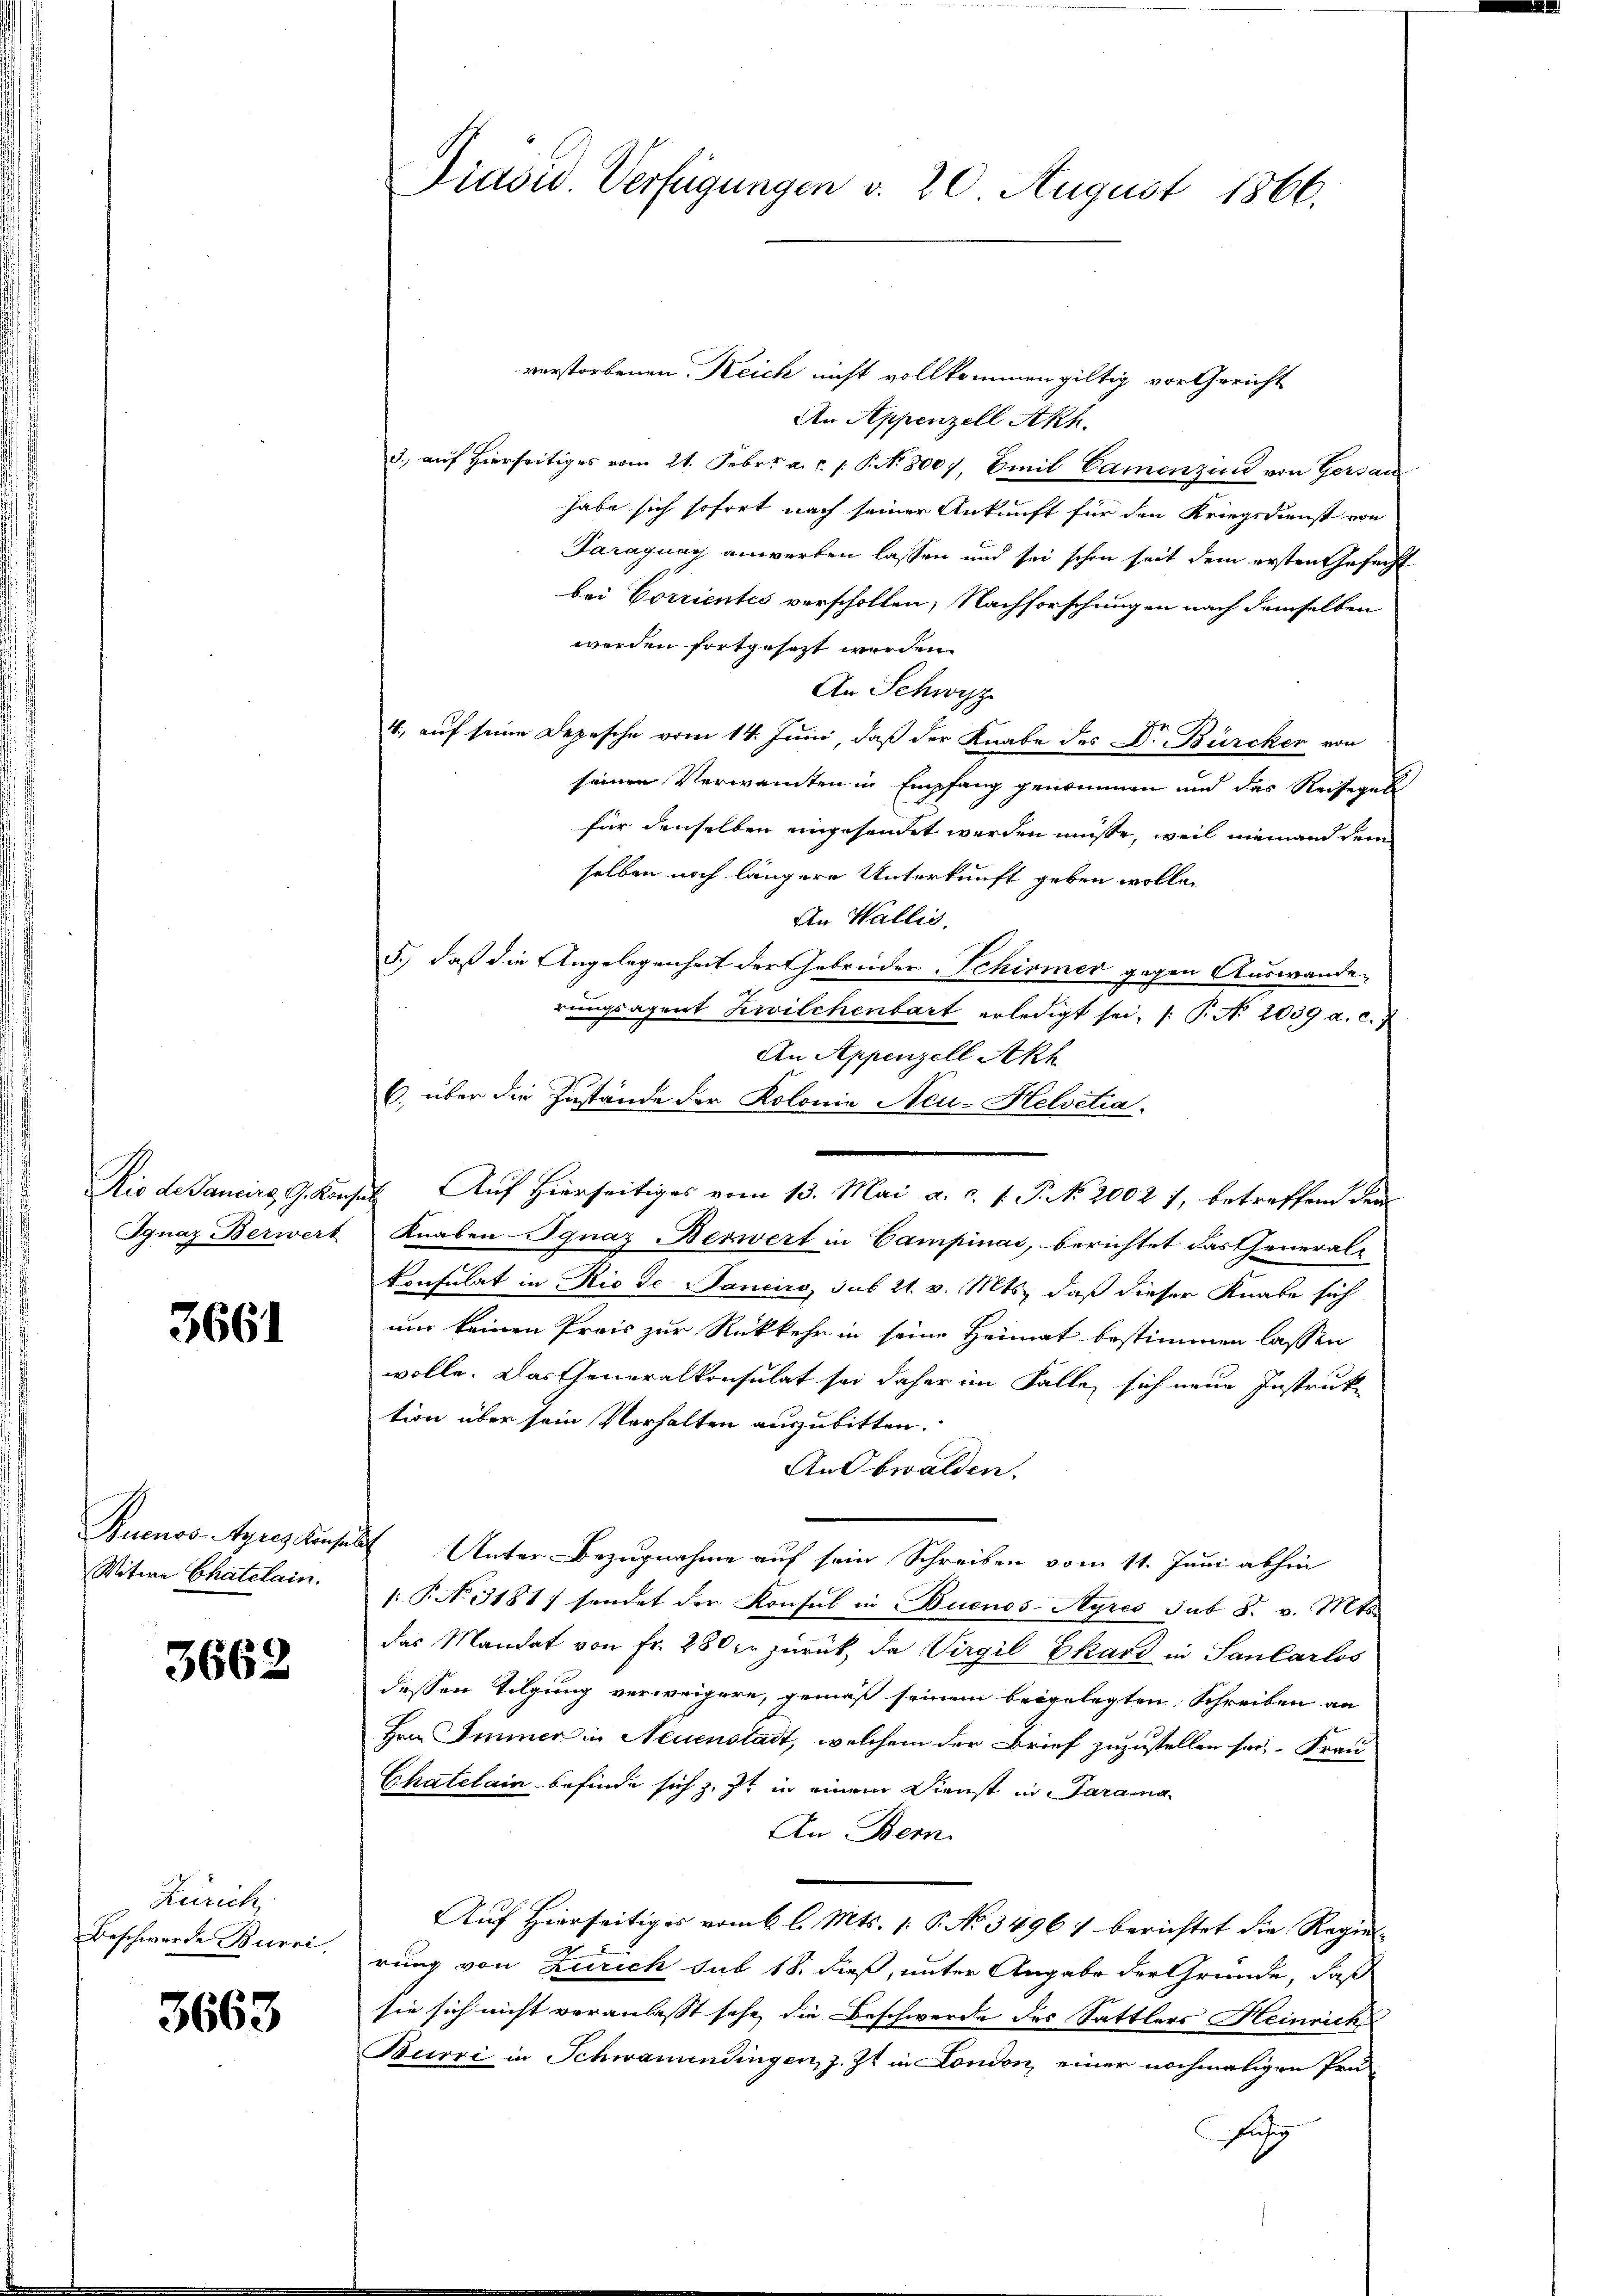
Ignaz Berwert

3661

Witwe Chatelain.

3662

Zürich
Beschwerde Burri

3663

verstorbenen Reich nicht vollkommen giltig vor Gericht
An Appenzell Akh.
3., auf hierseitiges vom 21. Febr. a. c. s. S. 800), Emil Camenzins von Gersan
habe sich sofort nach seiner Ankunft für den Kriegsdienst von
Paraguay anwerben lassen und sei schon seit dem ersten Gesucht
bei Corrientes verschollen, Nachforschungen nach demselben
werden fortgesezt werden.
An Schwyz
4, auf seine Depesche vom 14. Juni, daß der Knabe des Dr. Bürcher von
seinen Verwandten in Empfang genommen und das Reisegel
für denselben eingesendet werden müsse, weil niemand dem
selben noch längere Unterkunft geben wolle.
An Wallis,
5.) daß die Angelegenheit der Gebrüder-Schirmer gegen Auswanden
rungsagent Zwilchenbart erledigt sei, (: P. No. 2039 a. c.
An Appenzell Akt
6. über die Zustände der Kolonie Neu-Helvetia.
Rio de Janeirg, G. Konses Auf Hierseitiges vom 13. Mai a. c. s. P. N. 2002 7, betreffend den
Knaben Ignaz Berwert in Campinas, berichtet das theueral-
konsulat in Rio de Sanciro, sub 21. v. Mts., daß dieser Knabe sich
um keinen Preis zur Rückkehr in seine Heimat bestimmen lassen
wolle. Das Generalkonsulat sei daher im Falle sich neue Instruk-
tion über sein Verhalten auszubitten.
An Obwalden.
Ruenos-Ayres Konsuls Unter Bezugnahme auf sein Schreiben vom 11. Juni abhin
: P. No. 3181) sendet den Konsul in Buenos-Ayres sub S. v. Mts.
das Mandat von Fr. 280 fr zurück, da Virgil Ekard in Sankarlos
dessen Tilgung verweigere, gemäß seinem beigelegten Schreiben an
Hrn. Immer in Neuenstadt, welchem der Brief zuzustellen sei. Frau
Chatelain befinde sich z. Zt. in einem Dienst in Parama
An Bem
Auf Hierseitiges vom 6 l. Mts. (: P. No 3496) berichtet die Regiel-
rung von Zürich sub 18. dieß, unter Angabe der Gründe, daß
sie sich nicht veranlasst sehe, die Beschwerde des Sattlers Heinrich
Burri in Schwamentingen, z. Zt. in London, einer nochmaligen Prü-
fähig

Präsid. Verfügungen d. 20 August 1866.